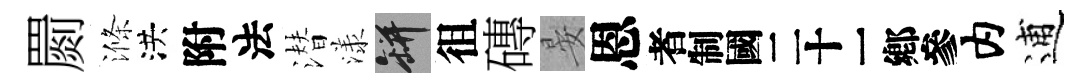
罽滌洪附法潜漾瓶徂磚晏恩识内逋